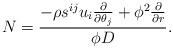
LaTeX: \begin{align*}N = \dfrac{-\rho s^{ij}u_i\frac{\partial}{\partial\theta_j}+\phi^2\frac{\partial}{\partial r}}{\phi D}.\end{align*}